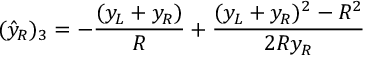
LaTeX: ( { \hat { y } } _ { R } ) _ { 3 } = - { \frac { ( y _ { L } + y _ { R } ) } { R } } + { \frac { ( y _ { L } + y _ { R } ) ^ { 2 } - R ^ { 2 } } { 2 R y _ { R } } }